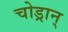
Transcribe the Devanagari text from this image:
चोड्रान्‌